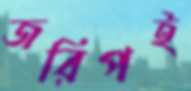
জরিপই